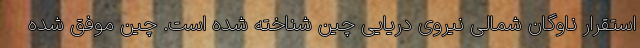
استقرار ناوگان شمالی نیروی دریایی چین شناخته شده است. چین موفق شده